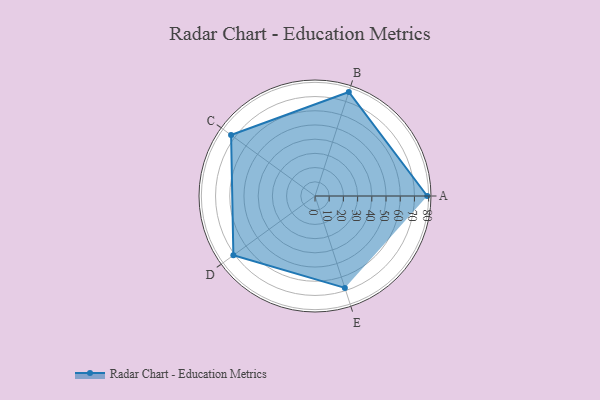
{"axis": {"x": "Skill", "y": "Score"}, "legend": ["Profile"], "data": [{"x": "A", "y": 79.0, "type": "Profile"}, {"x": "B", "y": 77.0, "type": "Profile"}, {"x": "C", "y": 73.0, "type": "Profile"}, {"x": "D", "y": 71.0, "type": "Profile"}, {"x": "E", "y": 68.0, "type": "Profile"}]}